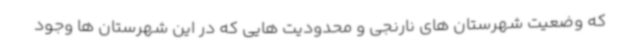
که وضعیت شهرستان های نارنجی و محدودیت هایی که در این شهرستان ها وجود